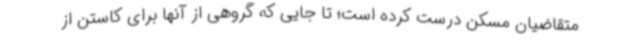
متقاضیان مسکن درست کرده است؛ تا جایی که گروهی از آنها برای کاستن از